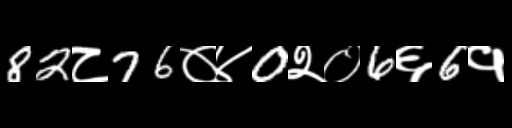
Text: 82८76०४0२०6६6१